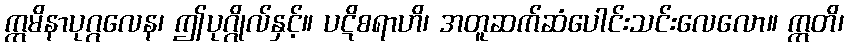
ဣမိနာပုဂ္ဂလေန၊ ဤပုဂ္ဂိုလ်နှင့်။ ပဋိစရာဟိ၊ အတူဆက်ဆံပေါင်းသင်းလေလော။ ဣတိ၊